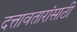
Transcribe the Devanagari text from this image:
दत्तावतारांसाठी